Report on vaccination in Madras 1895-1903 - 1895-1903
Year: 1895
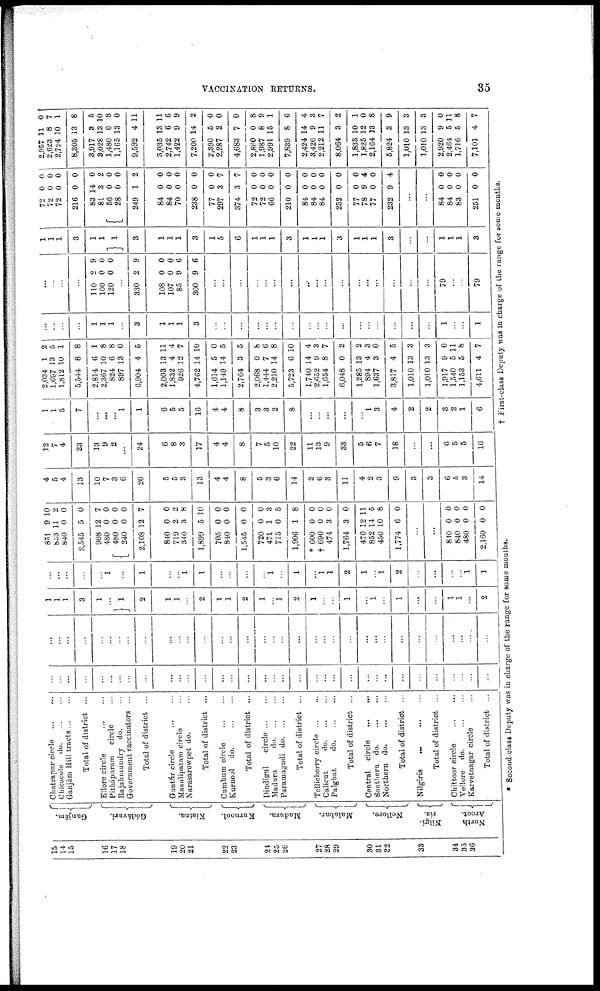
VACCINATION RETURNS.
35
13
14
15
16
17
18
19
20
21
22
23
24
25
26
27
28
29
30
31
32
33
34
35
36
Ganjám.
Gódávari.
Kistna.
Kurnool.
Madura.
Malabar.
Nellore.
Nilgi¬
ris.
North
Arcot.
Chatrapur circle
...
...
Chicacole do. ... ...
Ganjám Hill tracts ... ...
Total of district ...
Ellore circle
...
...
Pithápuram circle ...
Rajahmundry do. ...
Government vaccinators ...
Total of district ...
Guntúr circle ... ...
Masnlipatam circle ...
Narasarowpet do. ...
Total of district ...
Cumbum circle ... ...
Kurnool do.
...
...
Total of district ...
Dindigul
circle ... ...
Madura
d
o
. ... ...
Paramagudi d
o
. ... ...
Total of district ...
Tellicherry circle ... ...
Calicut
d
o
. ... ...
Palghat
do.
...
...
Total of district ...
Central circle
...
...
Southern d
o
. ... ...
Northern d
o
. ... ...
Total of district ...
Nilgiris
...
...
...
Total of district ...
Chittoor circle ... ...
Vellore do.
...
...
Karvetnagar circle ...
Total of district ...
...
...
...
...
...
...
...
...
...
...
...
...
...
...
...
...
...
...
...
...
...
...
...
...
...
...
...
...
...
...
...
...
...
...
...
...
...
...
...
...
...
...
...
...
...
...
...
...
...
...
...
...
...
...
...
...
...
...
...
...
...
...
...
...
...
...
...
...
1
1
1
3
1
...
1
2
1
1
...
2
1
1
2
1
...
1
2
1
...
...
1
...
1
...
1
...
...
1
1
...
2
...
...
...
...
...
1
...
1
...
...
1
1
...
...
...
...
1
...
1
...
1
1
2
1
...
1
2
...
...
...
...
1
1
851
853
840
2,545
908
480
480
240
2,108
840
719
340
1,899
705
840
1,545
720
471
715
1,906
* 600
† 690
474
1,764
470
852
450
1,774
9
11
0
5
12
0
0
0
12
0
2
3
5
0
0
0
0
1
0
1
0
0
3
3
12
14
10
6
10
2
0
0
7
0
0
0
7
0
2
8
10
0
0
0
0
3
5
8
0
0
0
0
11
5
8
0
...
...
840
840
480
2,160
0
0
0
0
0
0
0
0
4
5
4
13
10
7
3
6
26
5
5
3
13
4
4
8
5
3
6
14
2
6
3
11
4
2
3
9
3
3
6
5
3
14
12
7
4
23
13
9
2
...
24
6
8
3
17
4
4
8
7
5
10
22
11
13
9
33
5
6
7
18
...
...
6
5
5
16
1
1
5
7
...
...
...
1
1
6
5
5
16
4
4
8
3
3
2
8
...
...
...
...
...
1
3
4
2
2
3
2
1
6
2,034
1,697
1,812
5,544
2,814
2,367
824
897
6,904
2,003
1,832
926
4,762
1,614
1,149
2,764
2,068
1,444
2,210
5,723
1,740
2,652
1,654
6,048
1,285
894
1,637
3,817
1,010
1,010
1,917
1,540
1,153
4,611
1
13
10
8
6
10
6
13
4
13
4
12
14
5
14
3
0
7
14
6
14
9
8
0
13
4
3
4
13
13
9
5
5
4
2
5
1
8
1
8
8
0
5
11
4
7
10
0
5
5
8
6
8
10
4
3
7
2
2
3
0
5
3
3
0
11
8
7
...
...
...
...
1
1
1
...
3
1
1
1
3
...
...
...
...
...
...
...
...
...
...
...
...
...
...
...
...
...
1
...
...
1
...
...
...
...
110
100
120
2
0
0
9
0
0
...
330
108
107
85
300
2
0
0
9
9
9
0
0
6
6
...
...
...
...
...
...
...
...
...
...
...
...
...
...
...
...
...
79
...
...
79
1
1
1
3
1
1
1
3
1
1
1
3
1
5
6
1
1
1
3
1
1
1
3
1
1
1
3
...
...
1
1
1
3
72
72
72
216
83
81
56
28
249
84
84
70
238
77
297
374
72
72
66
210
84
84
84
252
77
78
77
232
0
0
0
0
14
3
0
0
1
0
0
0
0
0
3
3
0
0
0
0
0
0
0
0
0
9
0
9
0
0
0
0
0
2
0
0
2
0
0
0
0
0
7
7
0
0
0
0
0
0
0
0
0
4
0
4
...
...
84
84
83
251
0
0
0
0
0
0
0
0
2,957
2,623
2,724
8,305
3,917
3,028
1,480
1,165
9,592
3,035
2,742
1,422
7,200
2,396
2,287
4,683
2,860
1,987
2,991
7,839
2,424
3,426
2,212
8,064
1,833
1,825
2,164
5,824
1,010
1,010
2,920
2,464
1,716
7,101
11
8
10
13
8
13
6
13
4
13
6
9
14
5
2
7
0
8
15
8
14
9
11
3
10
12
13
3
18
13
9
5
5
4
0
7
1
8
5
10
8
0
11
11
6
9
2
0
0
0
8
9
1
6
4
3
7
2
1
0
8
9
3
3
0
11
8
7
* Second-class Deputy was in charge of the range for some months.
† First-class Deputy was in charge of the range for some months.